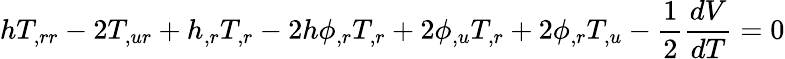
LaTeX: hT_{,rr}-2T_{,ur}+h_{,r}T_{,r}-2h\phi_{,r}T_{,r}+2\phi_{,u}T_{,r}+2\phi_{,r}T_{,u}-\frac 12\frac{dV}{dT}=0